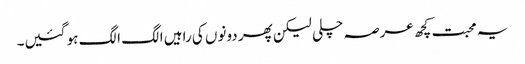
یہ محبت کچھ عرصہ چلی لیکن پھر دونوں کی راہیں الگ الگ ہو گئیں۔